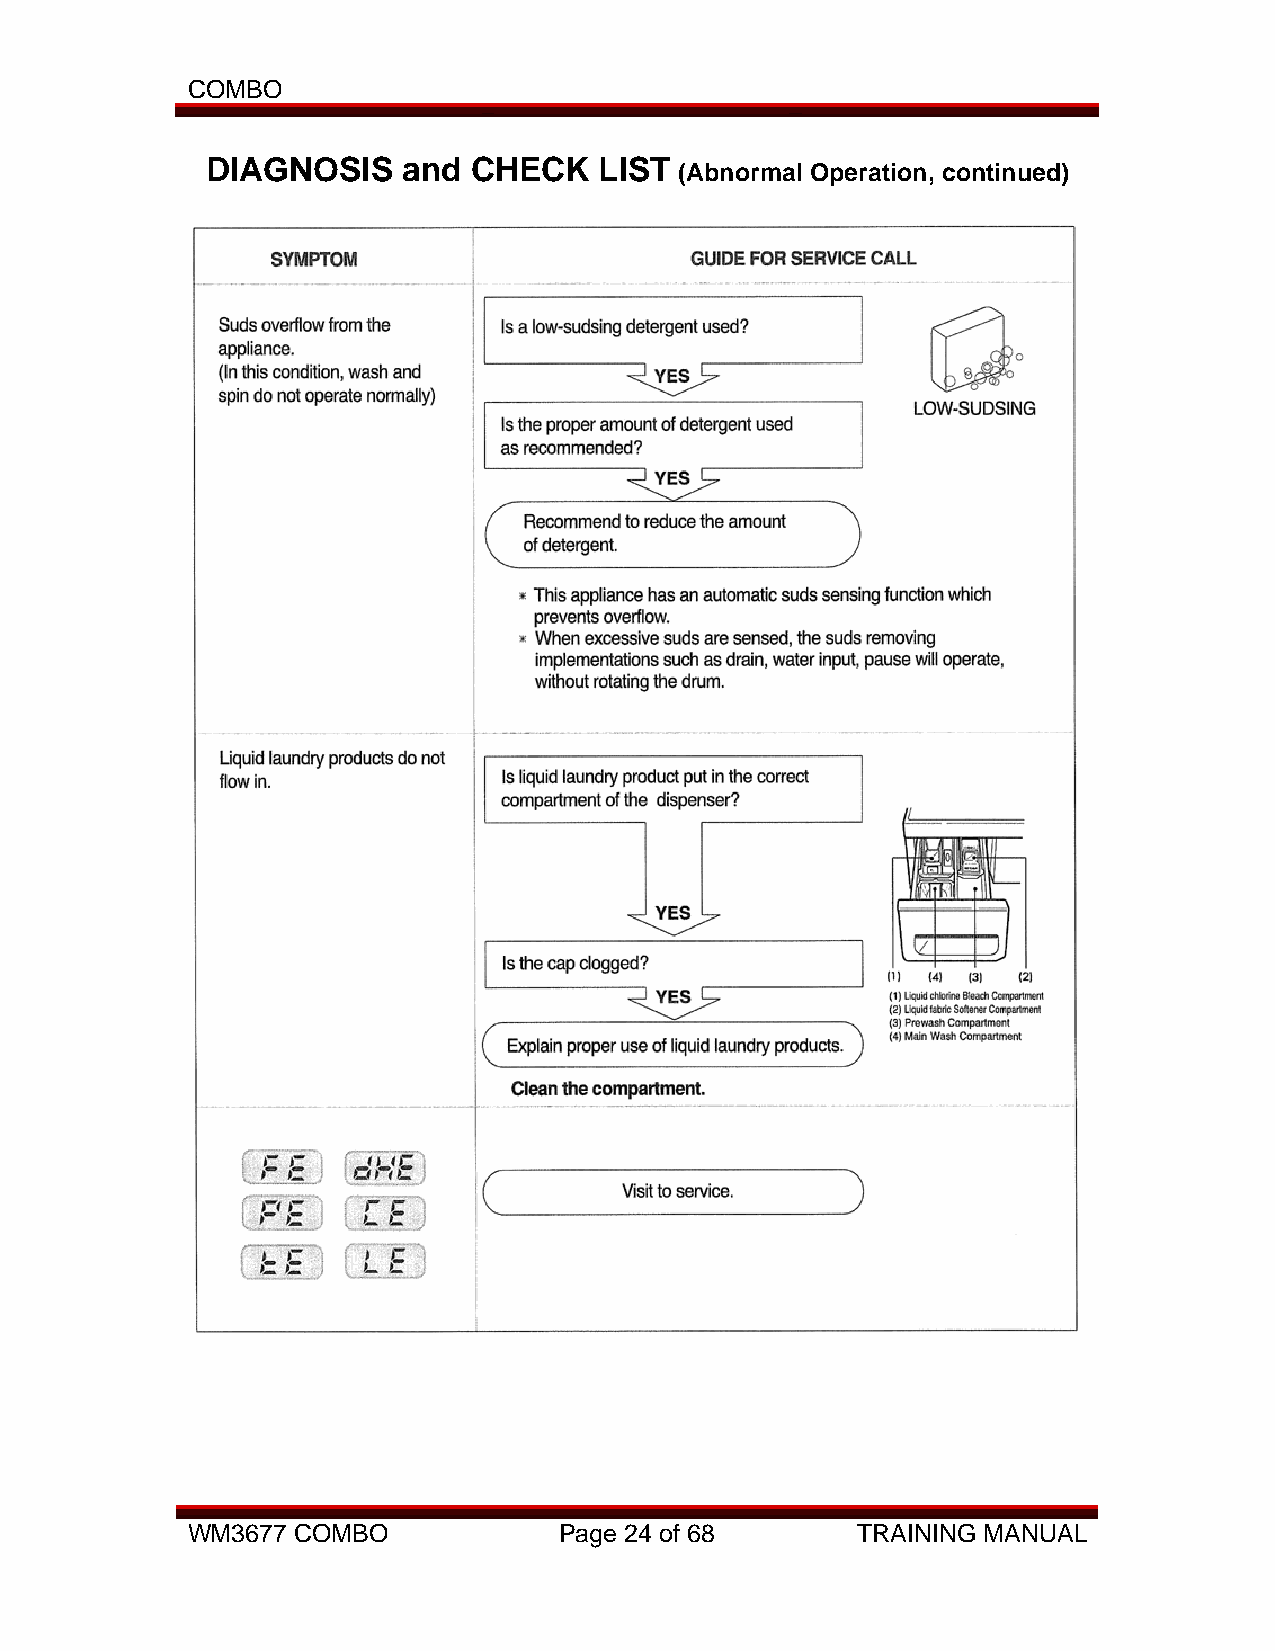
COMBO
 DIAGNOSIS    and CHECK    LIST
 (Abnormal Operation, continued)
 WM3677 COMBO             Page 24 of 68       TRAINING MANUAL